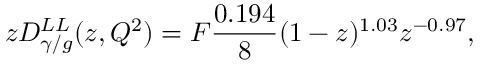
z D _ { \gamma / g } ^ { L L } ( z , Q ^ { 2 } ) = F { \frac { 0 . 1 9 4 } { 8 } } ( 1 - z ) ^ { 1 . 0 3 } z ^ { - 0 . 9 7 } ,